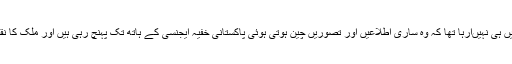
انہیں یہ سمجھ میں ہی نہیںآرہا تھا کہ وہ ساری اطلاعیں اور تصوریں چین ہوتی ہوئی پاکستانی خفیہ ایجنسی کے ہاتھ تک پہنچ رہی ہیں اور ملک کا نقصان ہو رہا ہے۔